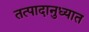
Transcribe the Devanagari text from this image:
तत्पादानुध्यात